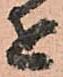
せ